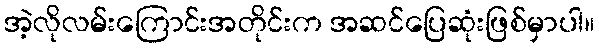
အဲ့လိုလမ်းကြောင်းအတိုင်းက အဆင်ပြေဆုံးဖြစ်မှာပါ။